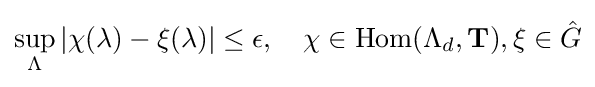
\sup _{\Lambda }|\chi (\lambda )-\xi (\lambda )|\leq \epsilon ,\quad \chi \in \operatorname {Hom} (\Lambda _{d},\mathbf {T} ),\xi \in {\hat {G}}